Insane asylums in Bengal annual reports 1867-1875 - 1867-1875
Year: 1867
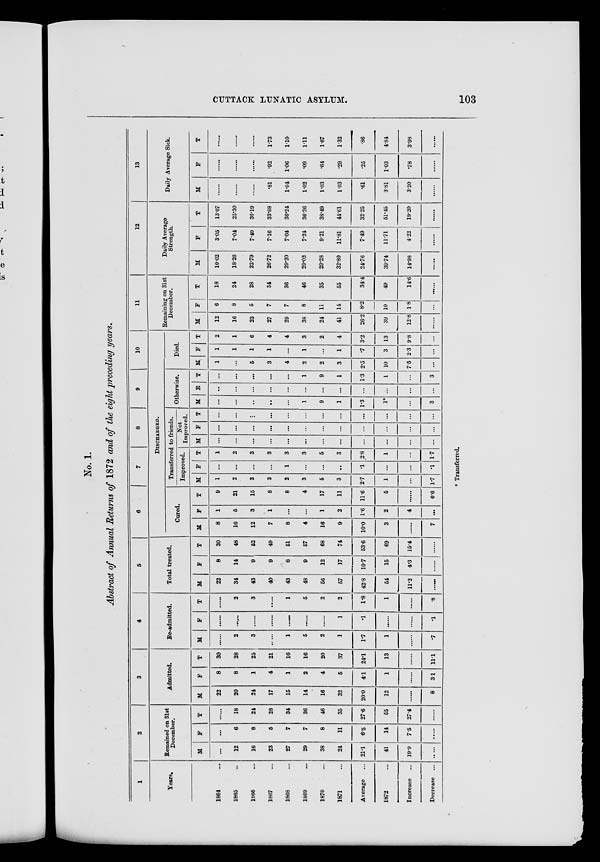
CUTTACK LUNATIC ASYLUM.
103
No. 1.
Abstract of Annual Returns of 1872 and of the eight preceding years.
1
Years.
1864 ...
1865 ...
1866 ...
1867 ...
1868 ...
1869 ...
1870 ...
1871 ...
Average ...
1872 ...
Increase ...
Decrease ...
2
Remained on 31st
December.
M
...
12
16
23
27
29
38
24
21.1
41
19.9
.
F
...
6
8
5
7
7
8
11
6.5
14
7.5
T
......
18
24
28
34
36
46
35
27.6
55
27.4
3
Admitted.
M
22
20
24
17
15
14
16
32
20.0
12
8
F
8
8
1
4
1
2
4
5
4.1
1
3.1
T
30
28
25
21
16
16
20
37
24.1
13
11.1
4
Re-admitted.
M
2
3
1
5
2
1
1.7
1
.7
F
......
1
.1
.1
T
2
3
1
5
2
2
1.8
1
.8
5
Total treated.
M
22
34
43
40
43
48
56
57
42.8
54
11.2
......
F
8
14
9
9
8
9
12
17
10.7
15
4.3
T
30
48
52
49
51
57
68
74
53.6
69
15.4
......
6
7
8
9
10
DISCHARGED.
Cured.
M
8
16
12
7
8
4
16
9
10.0
3
......
7
F
1
5
3
1
...
...
1
2
1.6
2
4
...
T
9
21
15
8
8
4
17
11
11.6
5
6.6
Transferred to friends.
Improved.
M
1
2
3
3
2
3
5
3
2.7
1
...
1.7
F
...
...
...
...
1
...
...
...
.1
...
...
.1
T
1
2
3
3
3
3
5
3
2.8
1
...
17
Not
Improved.
M
...
...
...
...
...
...
...
...
...
...
...
...
F
...
...
...
...
...
...
...
...
...
...
...
...
T
...
...
...
...
...
...
...
...
...
...
...
...
Otherwise.
M
...
...
...
...
...
1
9
1
1.3
1*
...
3
F
..
...
...
...
...
...
...
...
...
...
...
...
T
...
...
...
...
...
1
9
1
1.3
1
...
3
Died.
M
1
...
5
3
4
2
2
3
2.5
10
7.5
...
F
1
1
1
1
...
1
...
1
.7
3
2.3
...
T
2
1
6
4
4
3
2
4
3.2
13
9.8
...
11
Remaining on 31st
December.
M
12
16
23
27
29
38
24
41
26.2
39
12.8
F
6
8
5
7
7
8
11
14
8.2
10
1.8
...
T
18
24
28
34
36
46
35
55
34.4
49
14.6
......
12
Daily Average
Strength.
M
10.02
18.26
22.79
26.72
29.20
29.02
29.28
32.80
24.76
39.74
14.98
......
F
3.05
7.04
7.40
7.16
7.04
7.24
9.21
11.81
7.49
11.71
4.22
...
T
13.07
25.30
30.19
33.88
36.24
36.26
38.49
44.61
32.25
51.45
19.20
......
13
Daily Average Sick.
M
......
......
......
.81
1.04
1.02
1.03
103
.61
3.81
3.20
......
F
......
......
......
.92
1.06
.09
.64
.29
.25
1.03
.78
......
T
......
......
......
1.73
1.10
1.11
1.67
1.32
.86
4.84
3.98
......
*Transferred.